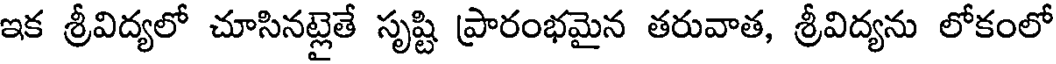
ఇక శ్రీవిద్యలో చూసినట్లైతే సృష్టి ప్రారంభమైన తరువాత, శ్రీవిద్యను లోకంలో